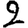
Digit: 2